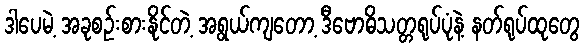
ဒါပေမဲ့ အခုစဉ်းစားနိုင်တဲ့ အရွယ်ကျတော့ ဒီဗောဓိသတ္တရုပ်ပုံနဲ့ နတ်ရုပ်ထုတွေ